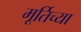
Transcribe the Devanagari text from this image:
मूर्तिच्या